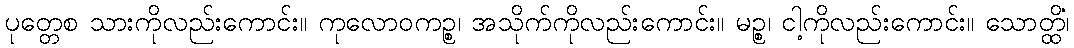
ပုတ္တေစ သားကိုလည်းကောင်း။ ကုလောဝကဉ္စ၊ အသိုက်ကိုလည်းကောင်း။ မဉ္စ၊ ငါ့ကိုလည်းကောင်း။ သောတ္ထိံ၊